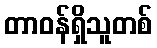
တာဝန်ရှိသူတစ်